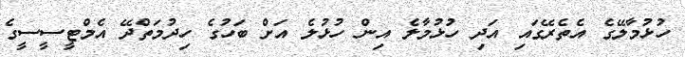
ހުޅުމާލޭގެ އެތެރޭގައި އަދި ހުޅުމާލެ އިން ހުޅުލެ އަށް ބަހުގެ ހިދުމަތްދޭ އެމްޓީސީސީގެ